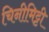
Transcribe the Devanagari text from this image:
चिनीमिट्टी